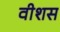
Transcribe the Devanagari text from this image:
वीशस